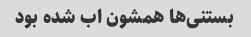
بستنی‌ها همشون اب شده بود